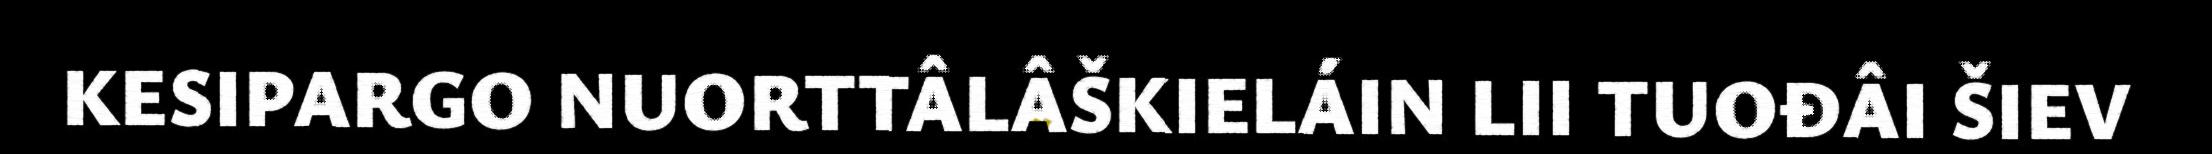
KESIPARGO NUORTTÂLÂŠKIELÁIN LII TUOĐÂI ŠIEV